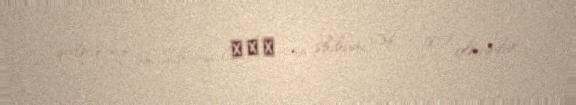
qalmış Tan Şıhuay (檀石槐 tan shíhuái, 136 – 181) olmuşdur.